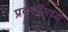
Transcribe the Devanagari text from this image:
प्रवृत्तींमध्ये